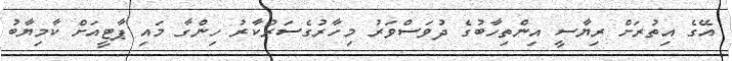
އޭގެ އިތުރަށް ރިޔާސީ އިންތިހާބުގެ ދުވަސްވަރު މިހާރުގެސަރުކާރު ހިންގާ މައި ޕާޓީއަށް ކާމިޔާބު